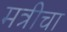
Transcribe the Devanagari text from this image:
मत्रीचा